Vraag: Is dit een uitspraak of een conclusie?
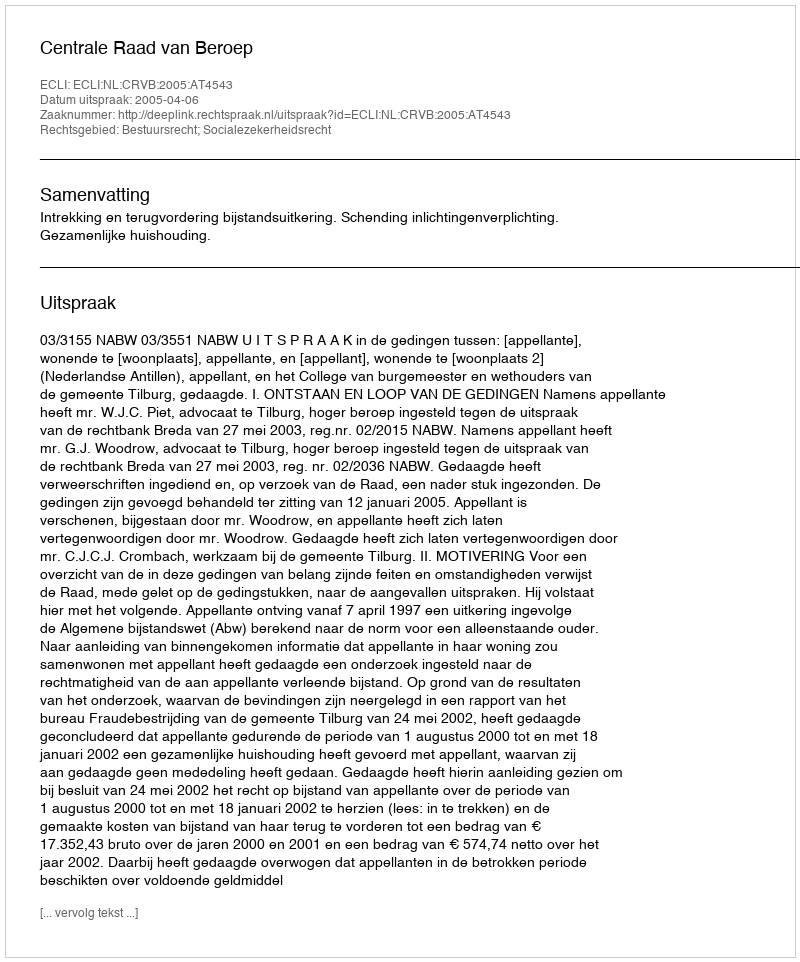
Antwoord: Uitspraak